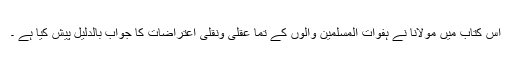
اس کتاب میں مولانا نے ہفوات المسلمین والوں کے تما عقلی ونقلی اعتراضات کا جواب بالدلیل پیش کیا ہے ۔